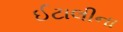
ઈટાલીના